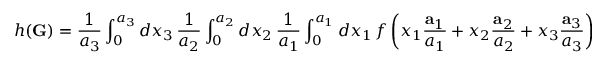
h ( \mathbf { G } ) = { \frac { 1 } { a _ { 3 } } } \int _ { 0 } ^ { a _ { 3 } } d x _ { 3 } \, { \frac { 1 } { a _ { 2 } } } \int _ { 0 } ^ { a _ { 2 } } d x _ { 2 } \, { \frac { 1 } { a _ { 1 } } } \int _ { 0 } ^ { a _ { 1 } } d x _ { 1 } \, f \left( x _ { 1 } { \frac { \mathbf { a } _ { 1 } } { a _ { 1 } } } + x _ { 2 } { \frac { \mathbf { a } _ { 2 } } { a _ { 2 } } } + x _ { 3 } { \frac { \mathbf { a } _ { 3 } } { a _ { 3 } } } \right) \cdot e ^ { - i \mathbf { G } \cdot \mathbf { r } } .